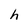
Character: h